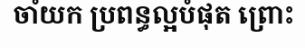
ចាំយក ប្រពន្ធល្អបំផុត ព្រោះ